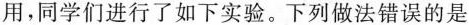
用，同学们进行了如下实验。下列做法错误的是